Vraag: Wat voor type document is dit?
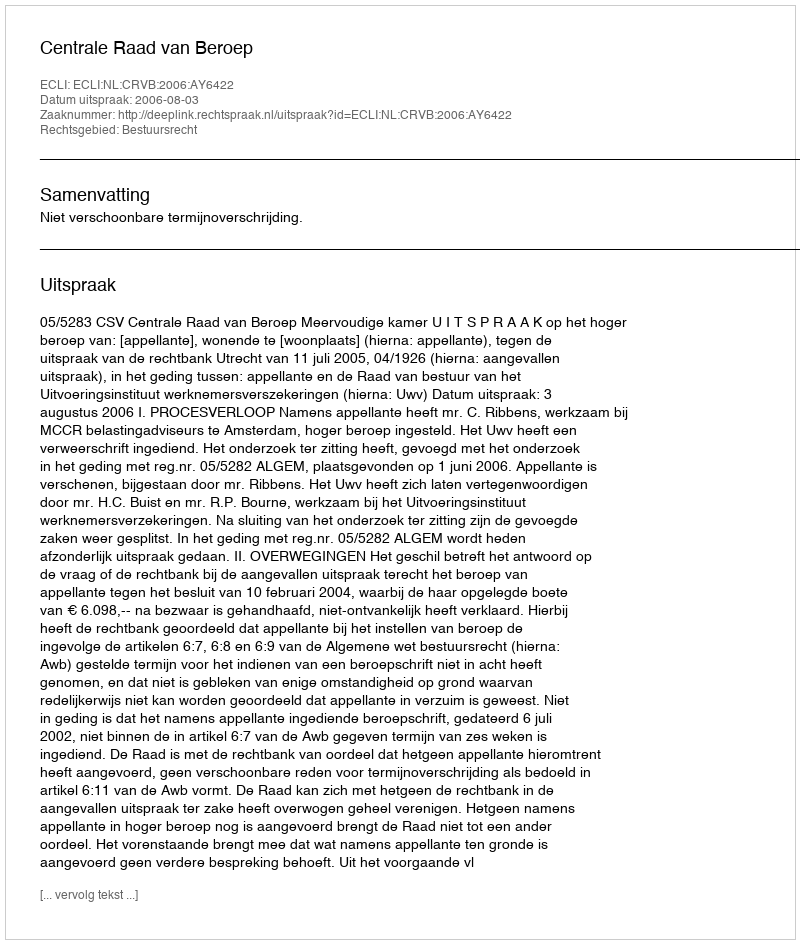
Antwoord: Uitspraak